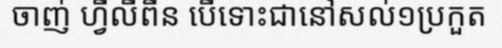
ចាញ់ ហ្វីលីពីន បើទោះជានៅសល់១ប្រកួត